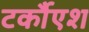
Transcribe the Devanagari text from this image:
टर्कौएश